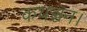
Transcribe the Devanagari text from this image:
कथञ्चन।